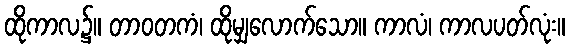
ထိုကာလ၌။ တာဝတကံ၊ ထိုမျှလောက်သော။ ကာလံ၊ ကာလပတ်လုံး။